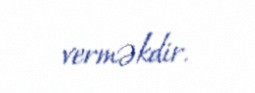
verməkdir.